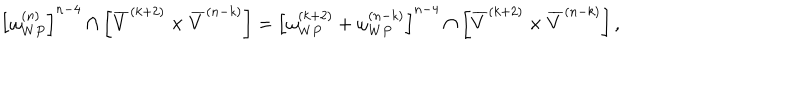
\left[ \omega _ { W P } ^ { ( n ) } \right] ^ { n - 4 } \cap \left[ \overline { { V } } ^ { ( k + 2 ) } \times \overline { { V } } ^ { ( n - k ) } \right] = \left[ \omega _ { W P } ^ { ( k + 2 ) } + \omega _ { W P } ^ { ( n - k ) } \right] ^ { n - 4 } \cap \left[ \overline { { V } } ^ { ( k + 2 ) } \times \overline { { V } } ^ { ( n - k ) } \right] ,